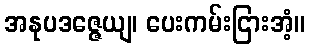
အနုပဒဇ္ဇေယျ၊ ပေးကမ်းငြားအံ့။